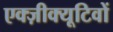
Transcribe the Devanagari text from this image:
एक्ज़ीक्यूटिवों